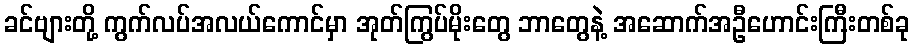
ခင်ဗျားတို့ ကွက်လပ်အလယ်ကောင်မှာ အုတ်ကြွပ်မိုးတွေ ဘာတွေနဲ့ အဆောက်အဦဟောင်းကြီးတစ်ခု